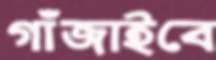
গাঁজাইবে